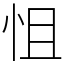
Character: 怚